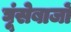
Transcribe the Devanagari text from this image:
घूंसेबाजों